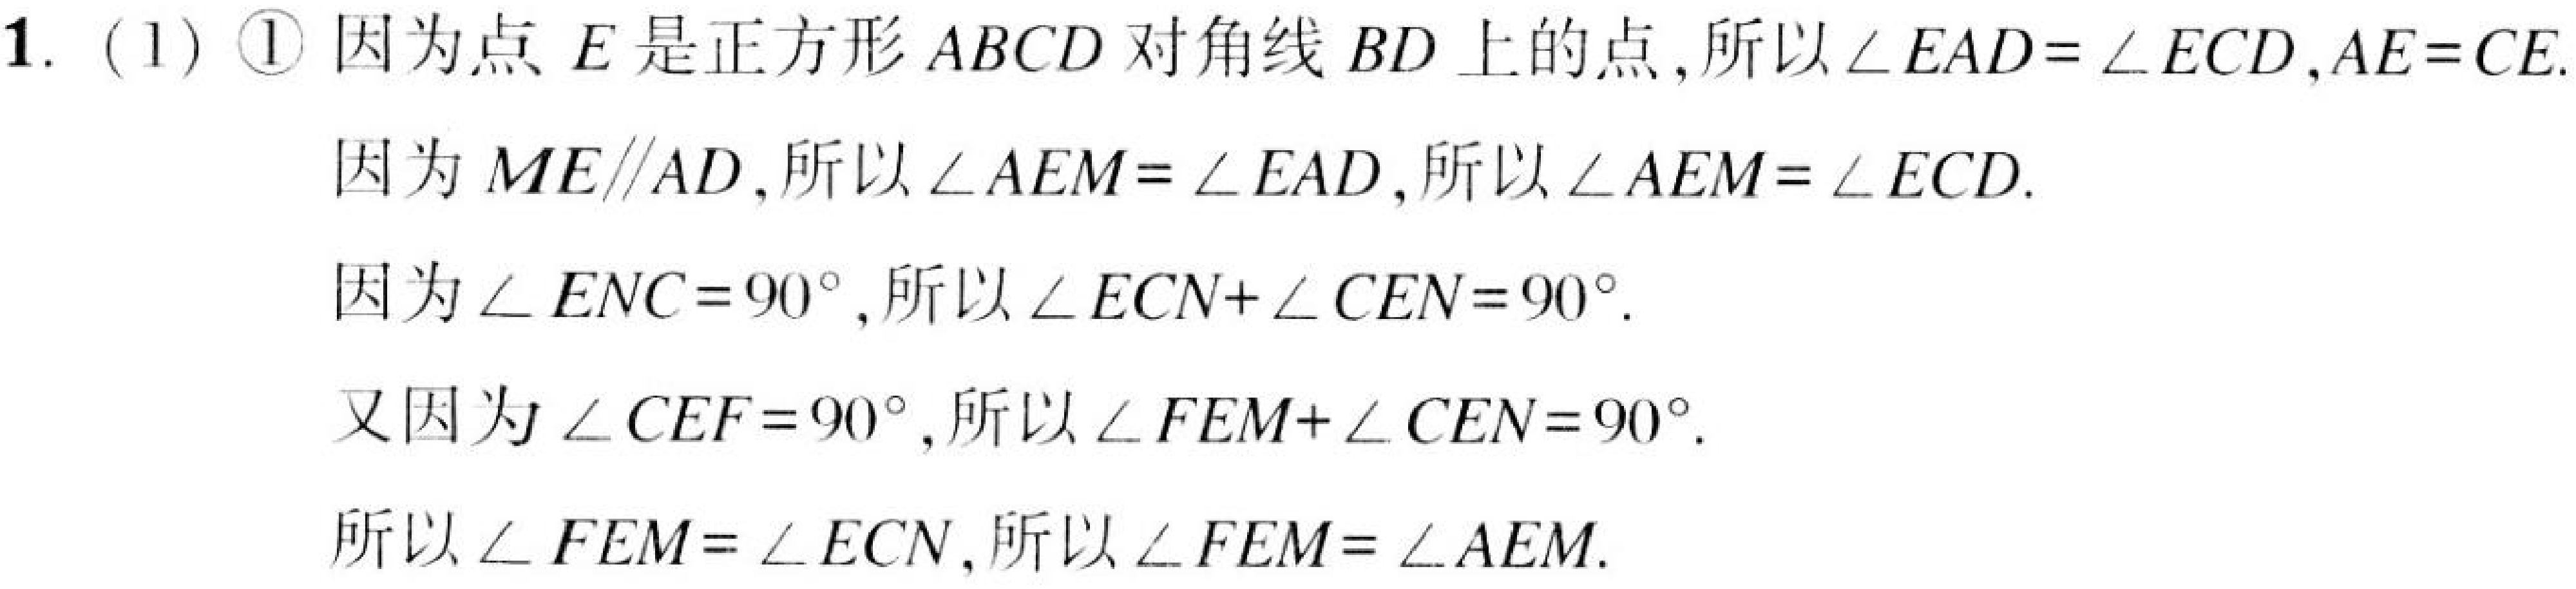
1. (1) \textcircled{1} 因为点 \(E\) 是正方形 \(ABCD\) 对角线 \(BD\) 上的点,所以 \(\angle EAD = \angle ECD\),\(AE = CE\).
因为 \(ME\parallel AD\),所以 \(\angle AEM = \angle EAD\),所以 \(\angle AEM = \angle ECD\).
因为 \(\angle ENC = 90^{\circ}\),所以 \(\angle ECN+\angle CEN = 90^{\circ}\).
又因为 \(\angle CEF = 90^{\circ}\),所以 \(\angle FEM+\angle CEN = 90^{\circ}\).
所以 \(\angle FEM = \angle ECN\),所以 \(\angle FEM = \angle AEM\).